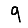
Digit: 9